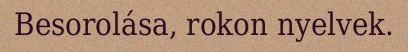
Besorolása, rokon nyelvek.